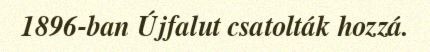
1896-ban Újfalut csatolták hozzá.